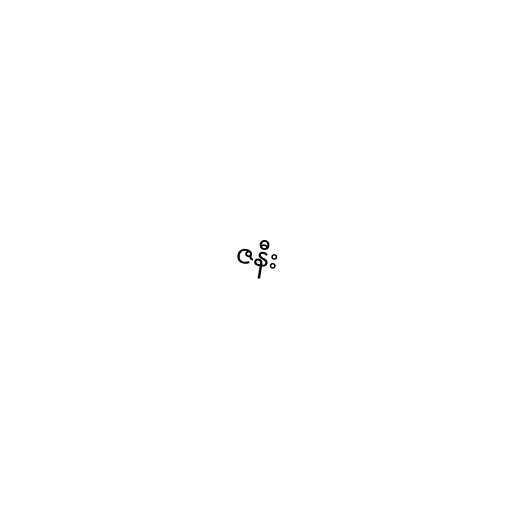
ဇနီး